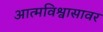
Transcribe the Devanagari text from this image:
आत्मविश्वासावर